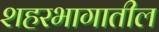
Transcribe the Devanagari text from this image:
शहरभागातील